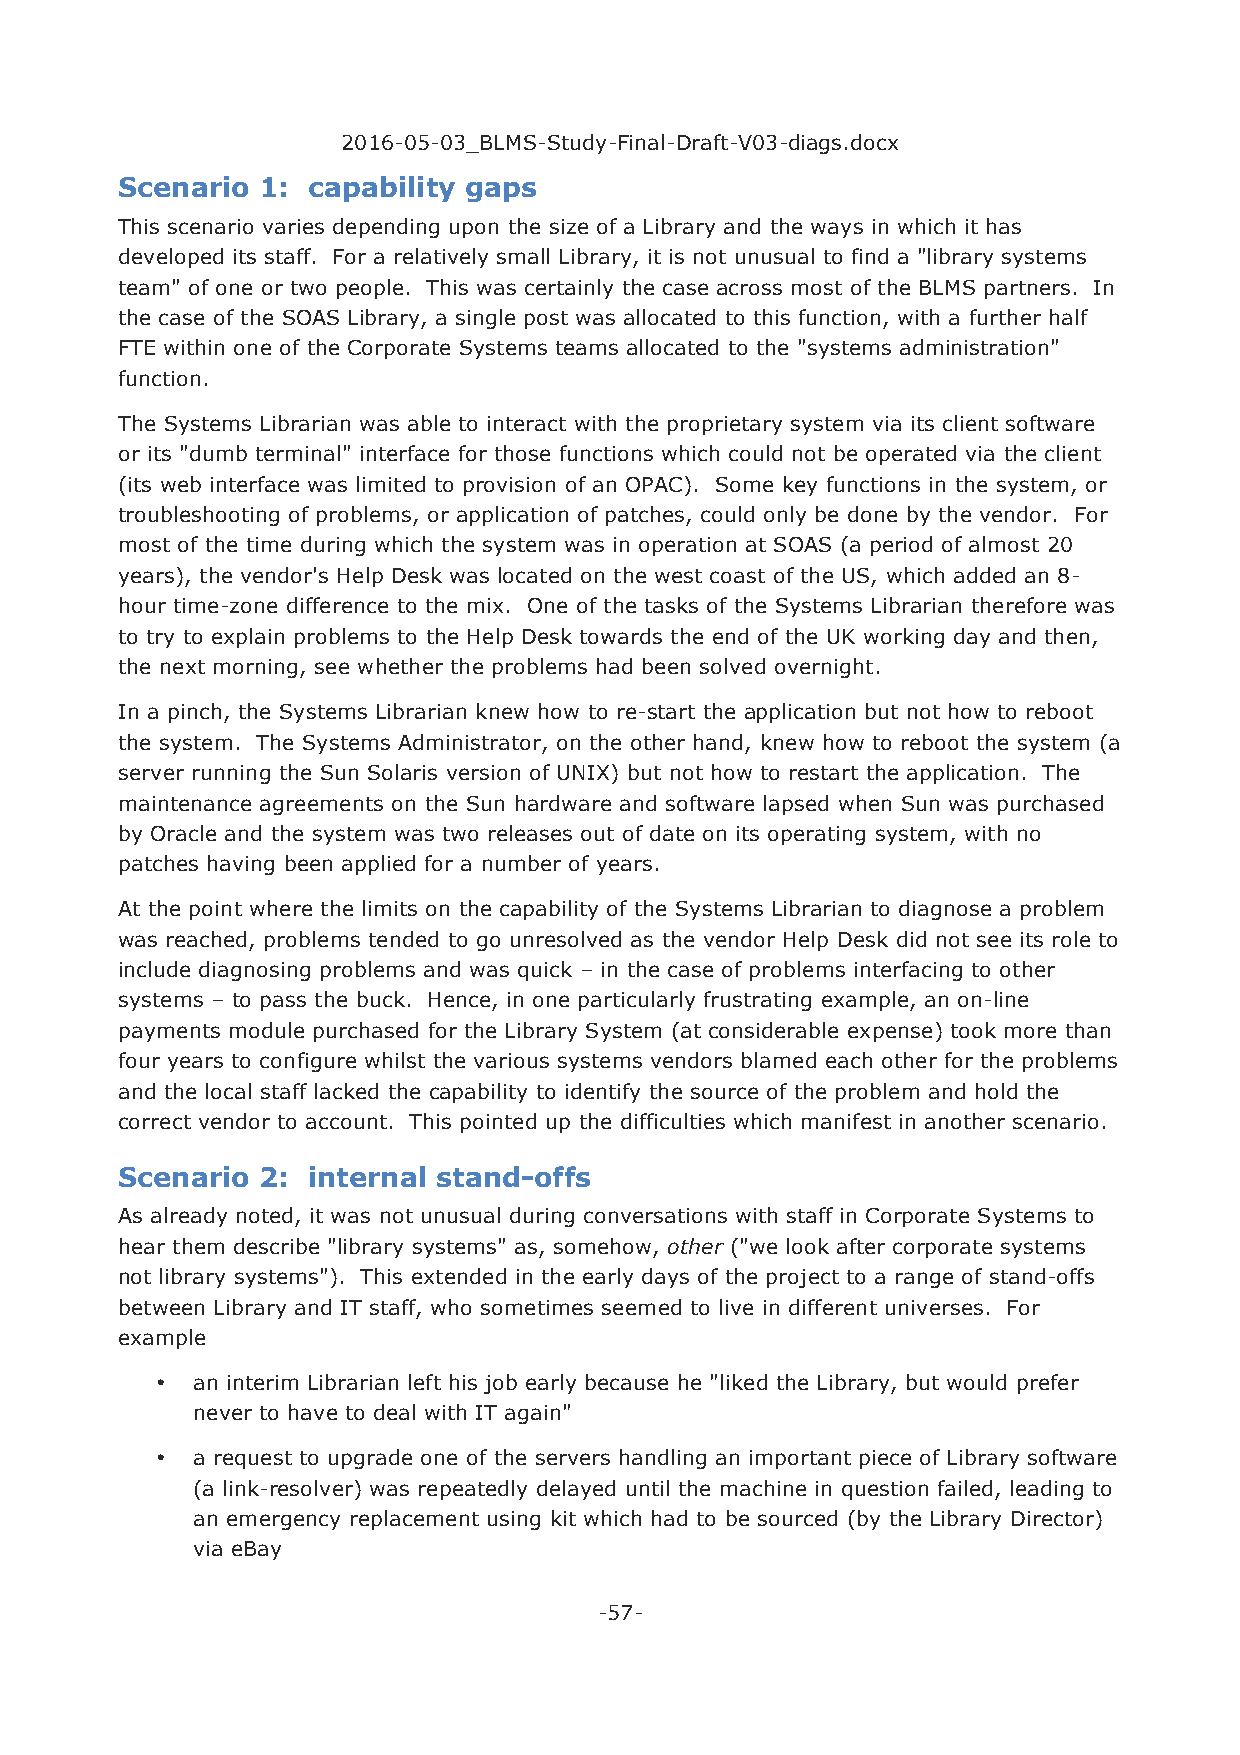
2016-05-03_BLMS-Study-Final-Draft-V03-diags.docx
 Scenario 1: capability gaps
 This scenario varies depending upon the size of a Library and the ways in which it has
 developed its staff. For a relatively small Library, it is not unusual to find a "library systems
 team" of one or two people. This was certainly the case across most of the BLMS partners. In
 the case of the SOAS Library, a single post was allocated to this function, with a further half
 FTE within one of the Corporate Systems teams allocated to the "systems administration"
 function.
 The Systems Librarian was able to interact with the proprietary system via its client software
 or its "dumb terminal" interface for those functions which could not be operated via the client
 (its web interface was limited to provision of an OPAC). Some key functions in the system, or
 troubleshooting of problems, or application of patches, could only be done by the vendor. For
 most of the time during which the system was in operation at SOAS (a period of almost 20
 years), the vendor's Help Desk was located on the west coast of the US, which added an 8-
 hour time-zone difference to the mix. One of the tasks of the Systems Librarian therefore was
 to try to explain problems to the Help Desk towards the end of the UK working day and then,
 the next morning, see whether the problems had been solved overnight.
 In a pinch, the Systems Librarian knew how to re-start the application but not how to reboot
 the system. The Systems Administrator, on the other hand, knew how to reboot the system (a
 server running the Sun Solaris version of UNIX) but not how to restart the application. The
 maintenance agreements on the Sun hardware and software lapsed when Sun was purchased
 by Oracle and the system was two releases out of date on its operating system, with no
 patches having been applied for a number of years.
 At the point where the limits on the capability of the Systems Librarian to diagnose a problem
 was reached, problems tended to go unresolved as the vendor Help Desk did not see its role to
 include diagnosing problems and was quick – in the case of problems interfacing to other
 systems – to pass the buck. Hence, in one particularly frustrating example, an on-line
 payments module purchased for the Library System (at considerable expense) took more than
 four years to configure whilst the various systems vendors blamed each other for the problems
 and the local staff lacked the capability to identify the source of the problem and hold the
 correct vendor to account. This pointed up the difficulties which manifest in another scenario.
 Scenario 2: internal stand-offs
 As already noted, it was not unusual during conversations with staff in Corporate Systems to
 hear them describe "library systems" as, somehow, other ("we look after corporate systems
 not library systems"). This extended in the early days of the project to a range of stand-offs
 between Library and IT staff, who sometimes seemed to live in different universes. For
 example
 •  an interim Librarian left his job early because he "liked the Library, but would prefer
 never to have to deal with IT again"
 •  a request to upgrade one of the servers handling an important piece of Library software
 (a link-resolver) was repeatedly delayed until the machine in question failed, leading to
 an emergency replacement using kit which had to be sourced (by the Library Director)
 via eBay
 -57-